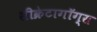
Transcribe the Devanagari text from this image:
सीक्रेटागॉग्स